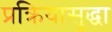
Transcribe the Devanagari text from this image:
प्रक्रियासुद्धा